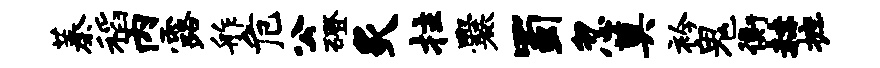
蓁稻内露舴危公磴炙拄爨蜀忽奠衿鬼衡赫摭